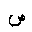
Letter: _sad